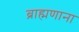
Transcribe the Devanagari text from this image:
ब्राह्मणाना